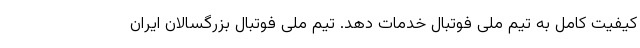
کیفیت کامل به تیم ملی فوتبال خدمات دهد. تیم ملی فوتبال بزرگسالان ایران